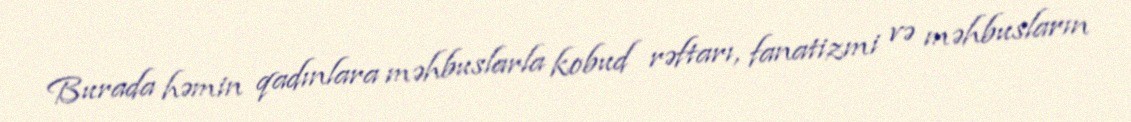
Burada həmin qadınlara məhbuslarla kobud rəftarı, fanatizmi və məhbusların